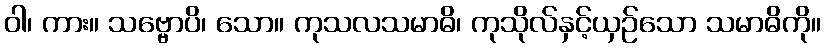
ဝါ၊ ကား။ သဗ္ဗောပိ၊ သော။ ကုသလသမာဓိ၊ ကုသိုလ်နှင့်ယှဉ်သော သမာဓိကို။